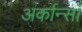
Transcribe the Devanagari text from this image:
अर्कान्साँ